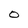
Character: O